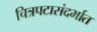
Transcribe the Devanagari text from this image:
चित्रपटासंदर्भात